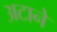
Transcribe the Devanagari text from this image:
अटाने